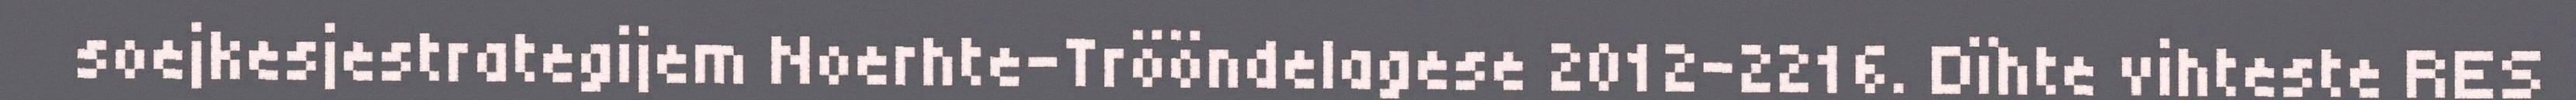
soejkesjestrategijem Noerhte-Trööndelagese 2012-2216. Dïhte vihteste RES